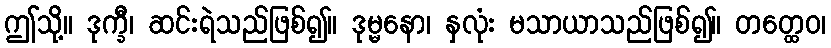
ဤသို့။ ဒုက္ခီ၊ ဆင်းရဲသည်ဖြစ်၍။ ဒုမ္မနော၊ နှလုံး မသာယာသည်ဖြစ်၍။ တတ္ထေဝ၊